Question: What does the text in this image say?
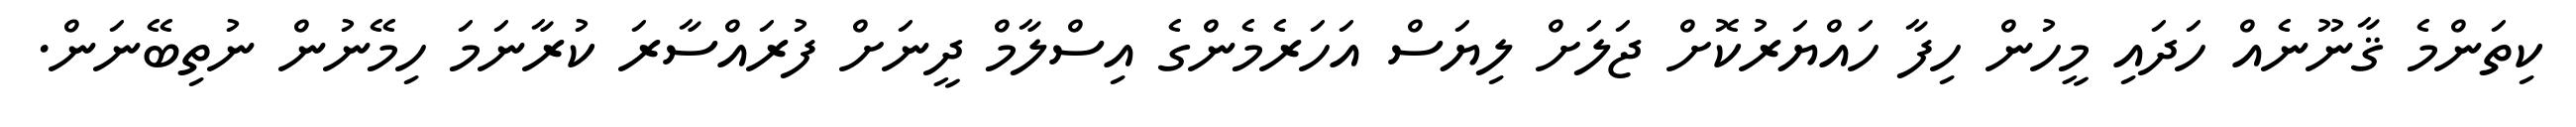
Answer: ކިތަންމެ ޤާނޫނެއް ހަދައި މީހުން ހިފާ ހައްޔަރުކޮށް ޖަލަށް ލިޔަސް އަހަރެމެންގެ އިސްލާމް ދީނަށް ފުރައްސާރަ ކުރާނަމަ ހިމޭނުން ނުތިބޭނަން.